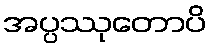
အပ္ပဿုတောပိ